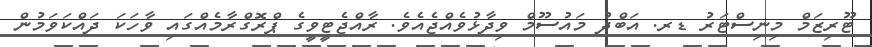
ޓޫރިޒަމް މިނިސްޓަރު ޑރ. އަބްދު މައުސޫމް ވިދާޅުވެއްޖެއެވެ. ރާއްޖެޓީވީގެ ޕްރޮގްރާމެއްގައި ވާހަކަ ދައްކަވަމުން